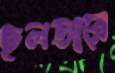
ছলডারে